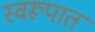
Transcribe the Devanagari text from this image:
स्‍वरूपात